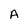
Character: A